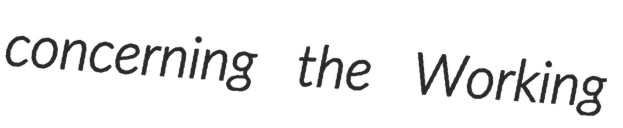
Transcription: concerning the Working